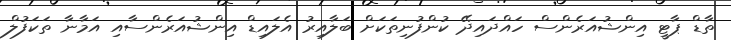
ތާޑް ޕާޓީ އިންޝުއަރެންސް ހައްދައިދޭ ކުންފުނިތަކަށް ބަލާއިރު އެލައިޑް އިންޝުއަރެންސާއި އަމާނާ ތަކަފުލް